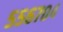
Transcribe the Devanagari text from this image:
५५६७०४